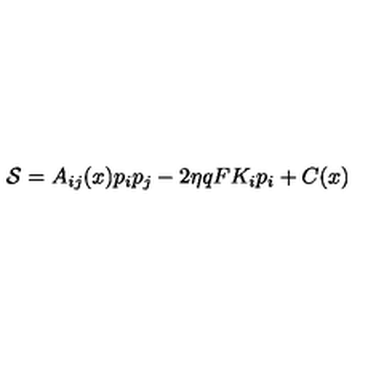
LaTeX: { \cal S } = A _ { i j } ( x ) p _ { i } p _ { j } - 2 \eta q F K _ { i } p _ { i } + C ( x )